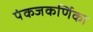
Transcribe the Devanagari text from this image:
पंकजकर्णिका